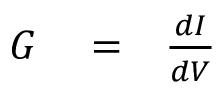
\begin{array} { r l r } { G } & { { } = } & { { \frac { d I } { d V } } } \end{array}